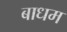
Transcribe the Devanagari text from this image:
बाधम